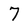
Character: 7